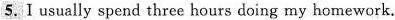
5.I usually spend three hours doing my homework.